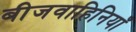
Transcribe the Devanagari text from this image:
बीजवाहिनियाँ